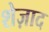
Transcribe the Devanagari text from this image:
शेज़ाद